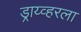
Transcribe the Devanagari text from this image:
ड्राय्व्हरला